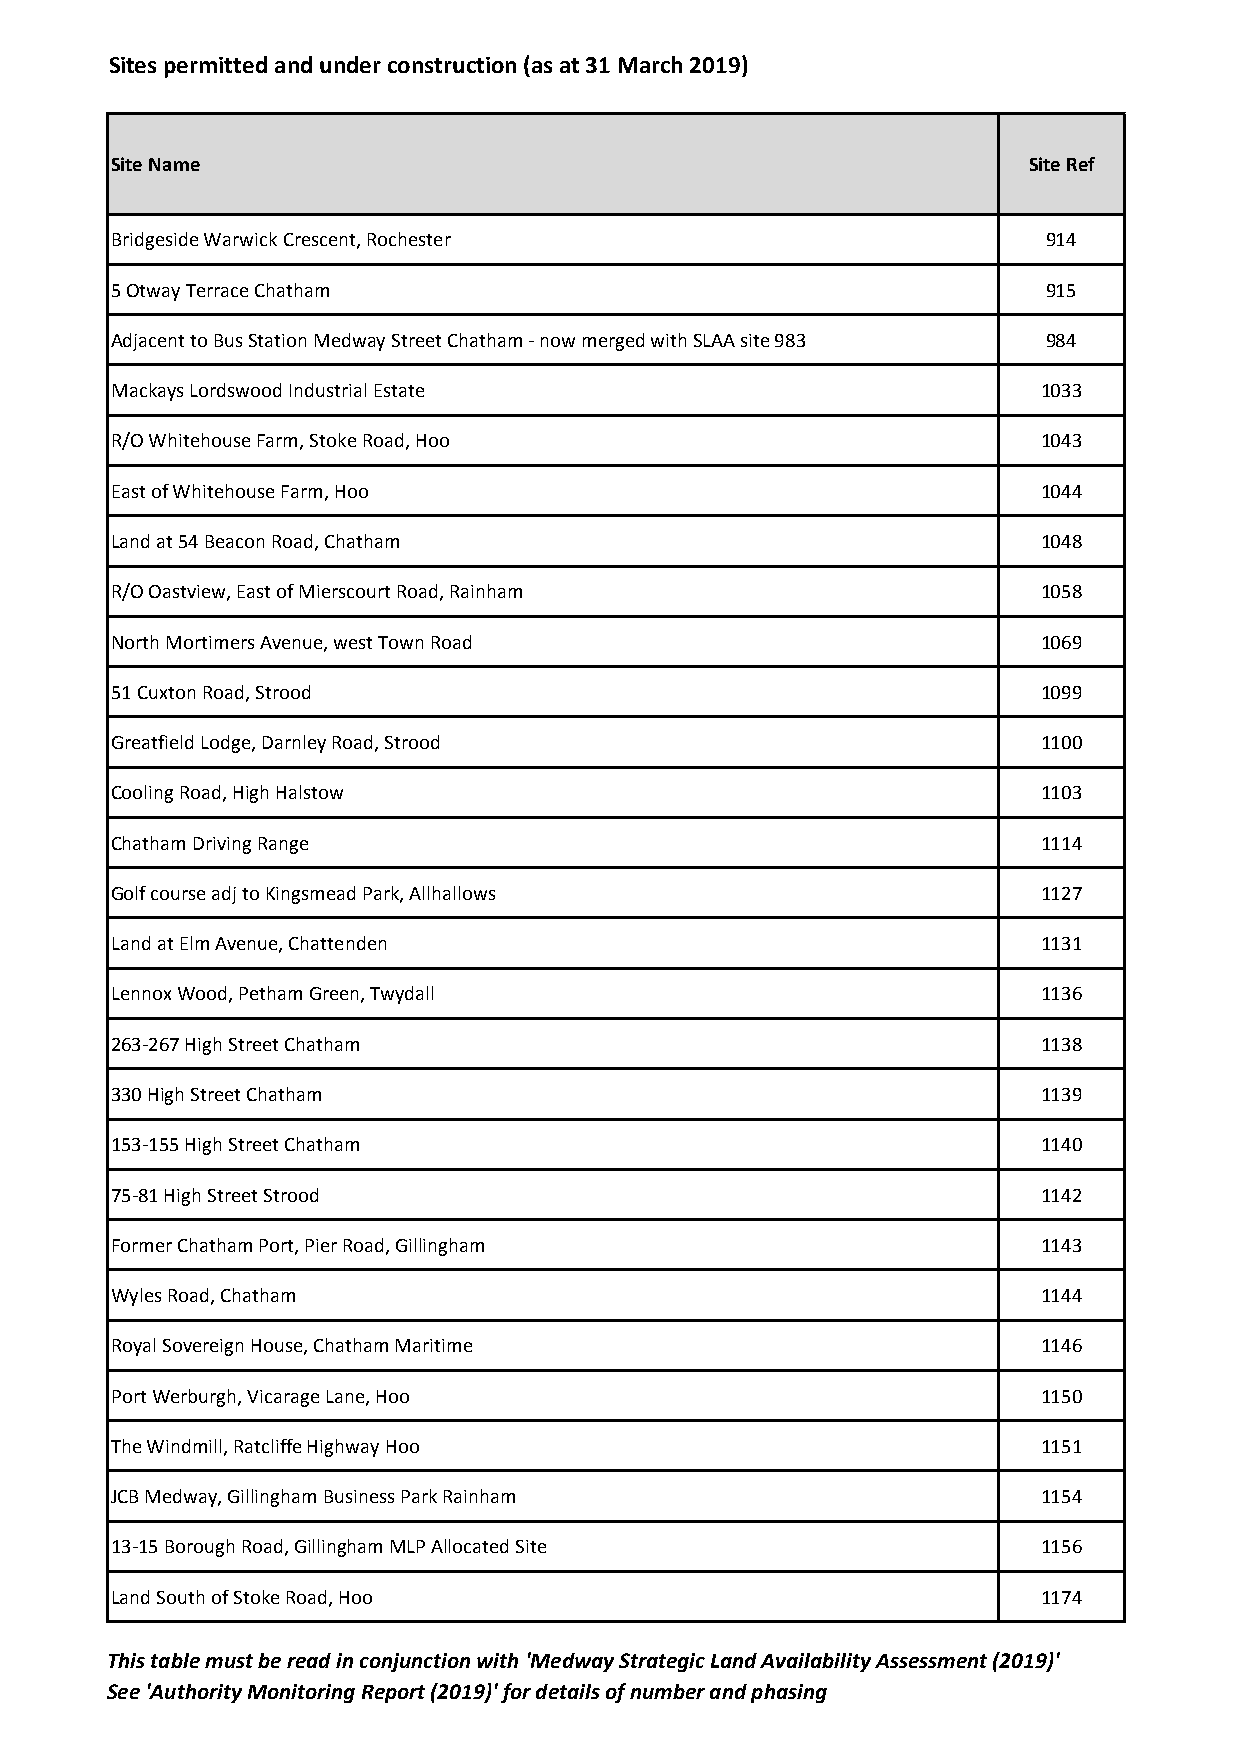
Sites permitted and under construction (as at 31 March 2019)
 Site Name                                                    Site Ref
 Bridgeside Warwick Crescent, Rochester                        914
 5 Otway Terrace Chatham                                       915
 Adjacent to Bus Station Medway Street Chatham - now merged with SLAA site 983 984
 Mackays Lordswood Industrial Estate                           1033
 R/O Whitehouse Farm, Stoke Road, Hoo                          1043
 East of Whitehouse Farm, Hoo                                  1044
 Land at 54 Beacon Road, Chatham                               1048
 R/O Oastview, East of Mierscourt Road, Rainham                1058
 North Mortimers Avenue, west Town Road                        1069
 51 Cuxton Road, Strood                                        1099
 Greatfield Lodge, Darnley Road, Strood                        1100
 Cooling Road, High Halstow                                    1103
 Chatham Driving Range                                         1114
 Golf course adj to Kingsmead Park, Allhallows                 1127
 Land at Elm Avenue, Chattenden                                1131
 Lennox Wood, Petham Green, Twydall                            1136
 263-267 High Street Chatham                                   1138
 330 High Street Chatham                                       1139
 153-155 High Street Chatham                                   1140
 75-81 High Street Strood                                      1142
 Former Chatham Port, Pier Road, Gillingham                    1143
 Wyles Road, Chatham                                           1144
 Royal Sovereign House, Chatham Maritime                       1146
 Port Werburgh, Vicarage Lane, Hoo                             1150
 The Windmill, Ratcliffe Highway Hoo                           1151
 JCB Medway, Gillingham Business Park Rainham                  1154
 13-15 Borough Road, Gillingham MLP Allocated Site             1156
 Land South of Stoke Road, Hoo                                 1174
 This table must be read in conjunction with 'Medway Strategic Land Availability Assessment (2019)'
 See 'Authority Monitoring Report (2019)' for details of number and phasing